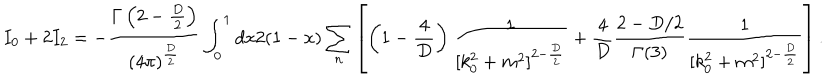
I _ { 0 } + 2 I _ { 2 } = - \frac { \Gamma \left( 2 - \frac { D } { 2 } \right) } { ( 4 \pi ) ^ { \frac { D } { 2 } } } \int _ { 0 } ^ { 1 } d x 2 ( 1 - x ) \sum _ { n } \left[ \left( 1 - \frac { 4 } { D } \right) \frac { 1 } { [ k _ { 0 } ^ { 2 } + m ^ { 2 } ] ^ { 2 - \frac { D } { 2 } } } + \frac { 4 } { D } \frac { 2 - D / 2 } { \Gamma ( 3 ) } \frac { 1 } { [ k _ { 0 } ^ { 2 } + m ^ { 2 } ] ^ { 2 - \frac { D } { 2 } } } \right] .